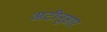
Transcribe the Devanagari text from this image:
अटीनूसार